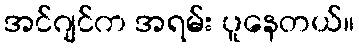
အင်ဂျင်က အရမ်း ပူနေတယ်။